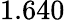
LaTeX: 1.640